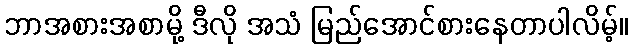
ဘာအစားအစာမို့ ဒီလို အသံ မြည်အောင်စားနေတာပါလိမ့်။